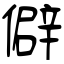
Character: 僻